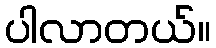
ပါလာတယ်။